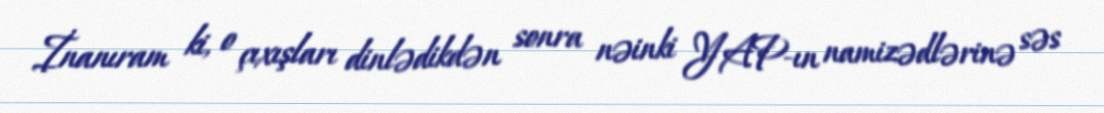
İnanıram ki, o çıxışları dinlədikdən sonra nəinki YAP-ın namizədlərinə səs